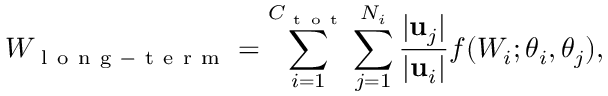
W _ { \mathrm { ~ l ~ o ~ n ~ g ~ - ~ t ~ e ~ r ~ m ~ } } = \sum _ { i = 1 } ^ { C _ { \mathrm { ~ t ~ o ~ t ~ } } } \sum _ { j = 1 } ^ { N _ { i } } \frac { \lvert \mathbf { u } _ { j } \rvert } { \lvert \mathbf { u } _ { i } \rvert } f ( W _ { i } ; \theta _ { i } , \theta _ { j } ) ,